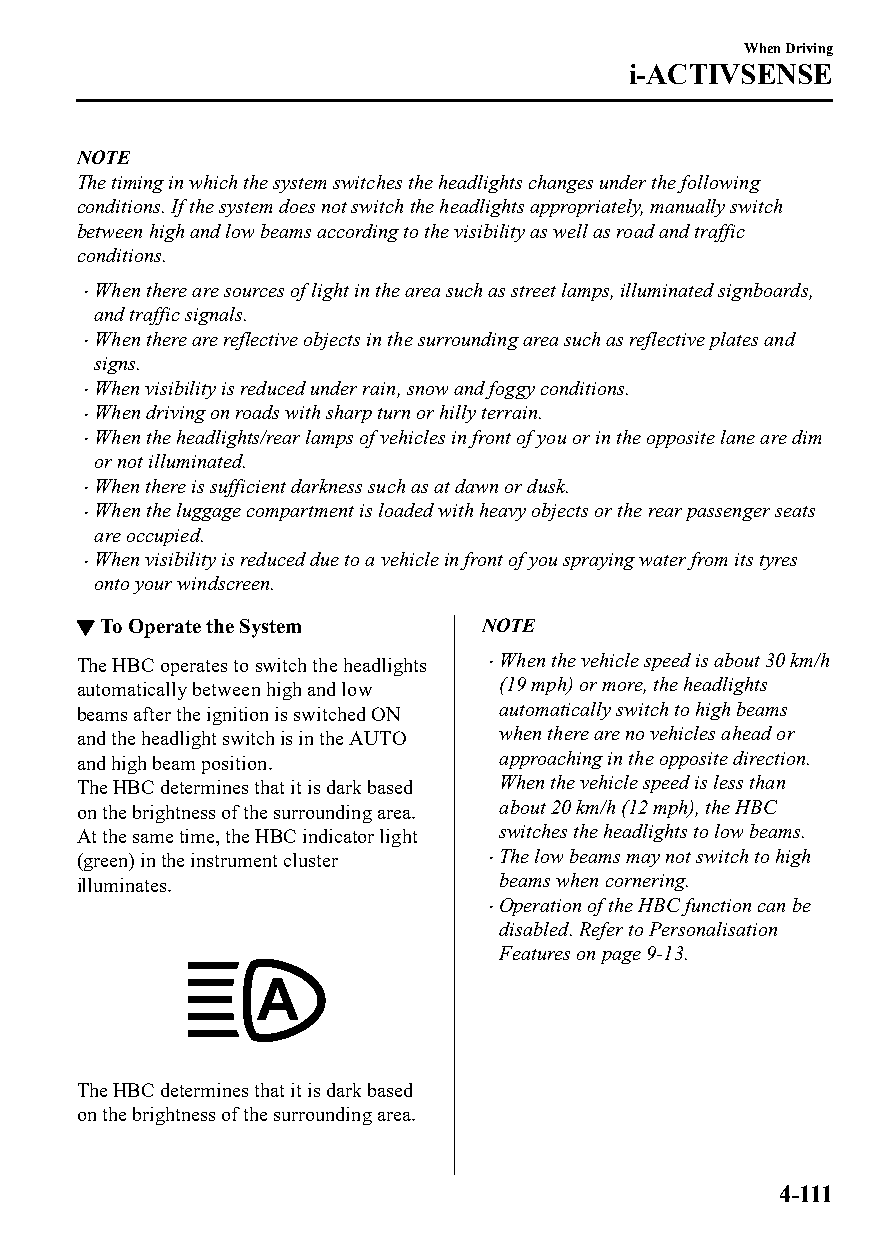
When Driving
 i-ACTIVSENSE
 NOTE
 The timing in which the system switches the headlights changes under the following
 conditions. If the system does not switch the headlights appropriately, manually switch
 between high and low beams according to the visibility as well as road and traffic
 conditions.
 When there are sources of light in the area such as street lamps, illuminated signboards,
 
 and traffic signals.
 When there are reflective objects in the surrounding area such as reflective plates and
 
 signs.
 When visibility is reduced under rain, snow and foggy conditions.
 
 When driving on roads with sharp turn or hilly terrain.
 
 When the headlights/rear lamps of vehicles in front of you or in the opposite lane are dim
 
 or not illuminated.
 When there is sufficient darkness such as at dawn or dusk.
 
 When the luggage compartment is loaded with heavy objects or the rear passenger seats
 
 are occupied.
 When visibility is reduced due to a vehicle in front of you spraying water from its tyres
 
 onto your windscreen.
 ▼To Operate the System     NOTE
 The HBC operates to switch the headlights When the vehicle speed is about 30 km/h
 automatically between high and low (19 mph) or more, the headlights
 beams after the ignition is switched ON automatically switch to high beams
 and the headlight switch is in the AUTO when there are no vehicles ahead or
 and high beam position.     approaching in the opposite direction.
 The HBC determines that it is dark based When the vehicle speed is less than
 on the brightness of the surrounding area. about 20 km/h (12 mph), the HBC
 At the same time, the HBC indicator light switches the headlights to low beams.
 (green) in the instrument cluster The low beams may not switch to high
 illuminates.                beams when cornering.
 Operation of the HBC function can be
 disabled. Refer to Personalisation
 Features on page 9-13.
 The HBC determines that it is dark based
 on the brightness of the surrounding area.
 4-111
 CX-3_8GT4-EE-18D_Edition4                  2018-9-6 18:32:19